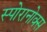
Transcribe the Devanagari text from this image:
स्पोरानोक्स